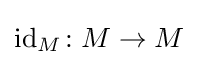
\mathrm {id} _{M}\colon M\rightarrow M